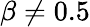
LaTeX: \beta\neq 0.5